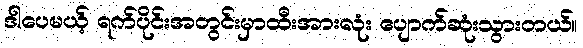
ဒါပေမယ့် ရက်ပိုင်းအတွင်းမှာထီးအားလုံး ပျောက်ဆုံးသွားတယ်။